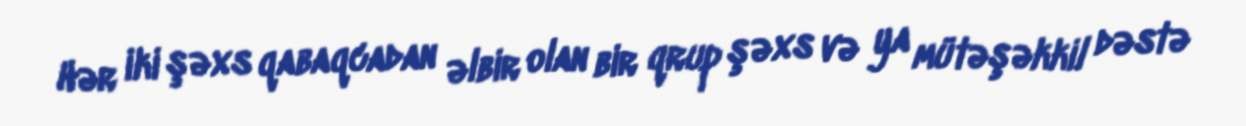
Hər iki şəxs qabaqcadan əlbir olan bir qrup şəxs və ya mütəşəkkil dəstə